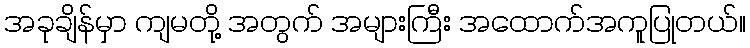
အခုချိန်မှာ ကျမတို့ အတွက် အများကြီး အထောက်အကူပြုတယ်။